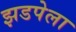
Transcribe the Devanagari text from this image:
झडपेला